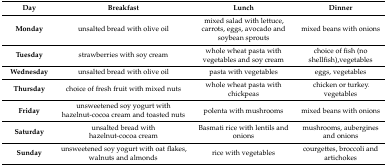
| Day | Breakfast | Lunch | Dinner |
 | --- | --- | --- | --- |
 | Monday | unsalted bread with olive oil | mixed salad with lettuce, carrots, eggs, avocado and soybean sprouts | mixed beans with onions |
 | Tuesday | strawberries with soy cream | whole wheat pasta with vegetables and soy cream | choice of fish (no shellfish),vegetables |
 | Wednesday | unsalted bread with olive oil | pasta with vegetables | eggs, vegetables |
 | Thursday | choice of fresh fruit with mixed nuts | whole wheat pasta with chickpeas | chicken or turkey. vegetables |
 | Friday | unsweetened soy yogurt with hazelnut-cocoa cream and toasted nuts | polenta with mushrooms | mixed beans with onions |
 | Saturday | unsalted bread with hazelnut-cocoa cream | Basmati rice with lentils and onions | mushrooms, aubergines and onions |
 | Sunday | unsweetened soy yogurt with oat flakes, walnuts and almonds | rice with vegetables | courgettes, broccoli and artichokes |